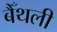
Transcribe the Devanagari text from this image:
बैँथली